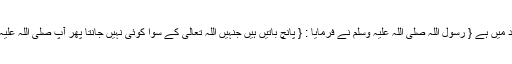
۱؎ (مسند احمد:353/5:صحیح) مسند احمد میں ہے { رسول اللہ صلی اللہ علیہ وسلم نے فرمایا : { پانچ باتیں ہیں جنہیں اللہ تعالیٰ کے سوا کوئی نہیں جانتا پھر آپ صلی اللہ علیہ وسلم نے اسی آیت کی تلاوت فرمائی } } ۔